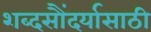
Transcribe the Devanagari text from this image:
शब्दसौंदर्यासाठी